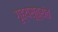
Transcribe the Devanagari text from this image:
गृह्यसूत्रांत